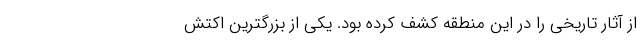
از آثار تاریخی را در این منطقه کشف کرده بود. یکی از بزرگترین اکتش